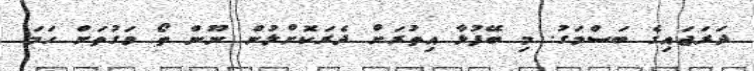
ދަރަޖައިގެ ބަސްމަގު. މި ބޭފުޅާ އިތުރަށް ދެރަކޮށްލުން ނޫން ތޯ ވަގުތަށް ހަމަ